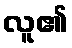
လူ၏